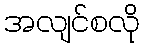
အလျင်စလို